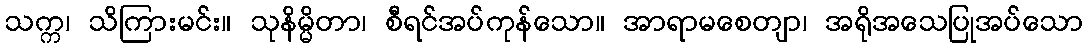
သက္က၊ သိကြားမင်း။ သုနိမ္မိတာ၊ စီရင်အပ်ကုန်သော။ အာရာမစေတျာ၊ အရိုအသေပြုအပ်သော